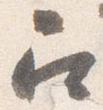
召